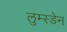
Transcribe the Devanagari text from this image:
लुम्स्डेन